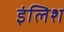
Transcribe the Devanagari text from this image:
इंलिश